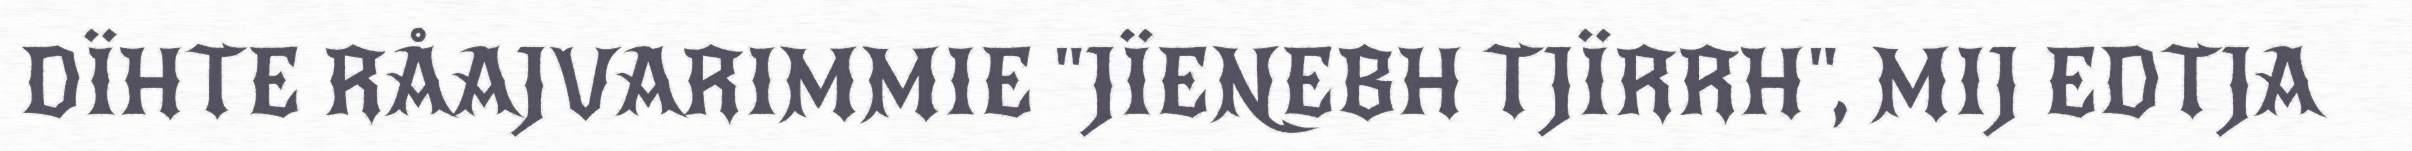
DÏHTE RÅAJVARIMMIE "JÏENEBH TJÏRRH", MIJ EDTJA